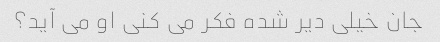
جان خیلی دیر شده فکر می کنی او می آید؟